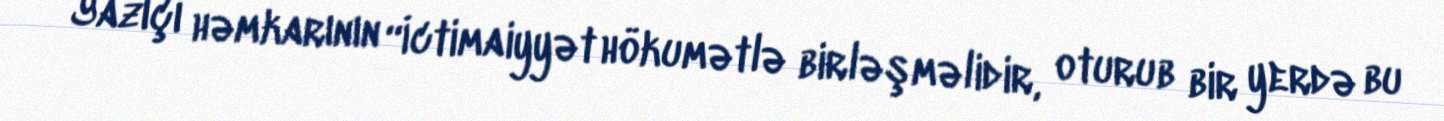
Yazıçı həmkarının “İctimaiyyət hökumətlə birləşməlidir, oturub bir yerdə bu